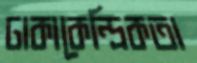
ঢাকাকেন্দ্রিকতা